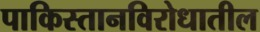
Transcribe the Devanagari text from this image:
पाकिस्तानविरोधातील